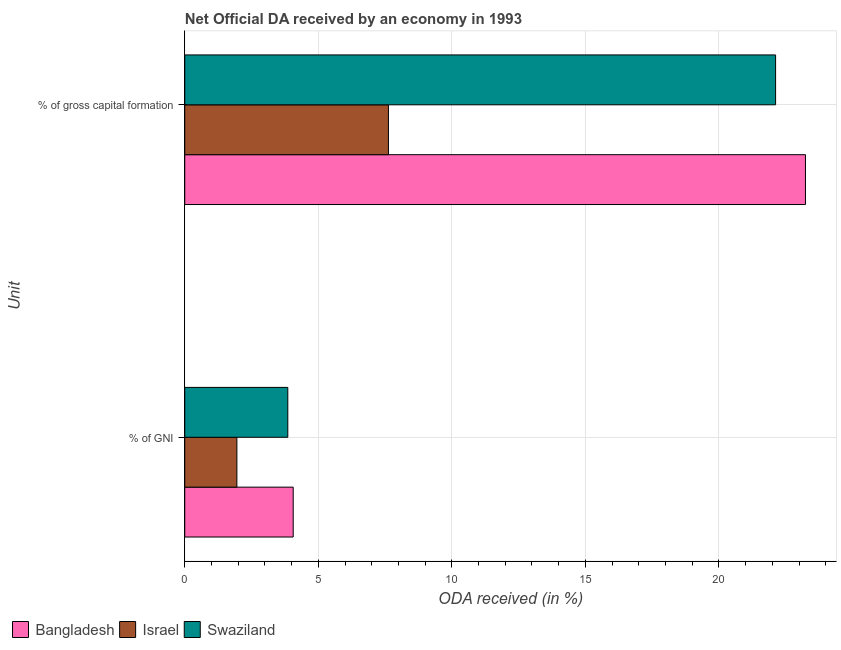
| Unit | Bangladesh | Israel | Swaziland |
 | --- | --- | --- | --- |
 | % of GNI | 4.06 | 1.95 | 3.86 |
 | % of gross capital formation | 23.2 | 7.63 | 22.1 |